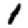
Digit: 1